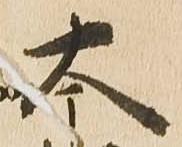
太